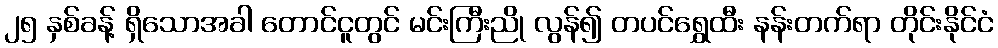
၂၅ နှစ်ခန့် ရှိသောအခါ တောင်ငူတွင် မင်းကြီးညို လွန်၍ တပင်ရွှေထီး နန်းတက်ရာ တိုင်းနိုင်ငံ